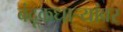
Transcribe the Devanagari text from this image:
बंदूकधार्‍यांवर